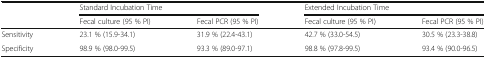
|  | <COLSPAN=2> Standard Incubation Time | <COLSPAN=2> Extended Incubation Time |
 |  | Fecal culture (95 % PI) | Fecal PCR (95 % PI) | Fecal culture (95 % PI) | Fecal PCR (95 % PI) |
 | --- | --- | --- | --- | --- |
 | Sensitivity | 23.1 % (15.9-34.1) | 31.9 % (22.4-43.1) | 42.7 % (33.0-54.5) | 30.5 % (23.3-38.8) |
 | Specificity | 98.9 % (98.0-99.5) | 93.3 % (89.0-97.1) | 98.8 % (97.8-99.5) | 93.4 % (90.0-96.5) |